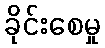
ခိုင်းစေမှု